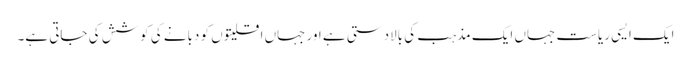
ایک ایسی ریاست جہاں ایک مذہب کی بالادستی ہے اور جہاں اقلیتوں کو دبانے کی کوشش کی جاتی ہے۔